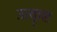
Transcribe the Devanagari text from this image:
उत्कॄष्ट